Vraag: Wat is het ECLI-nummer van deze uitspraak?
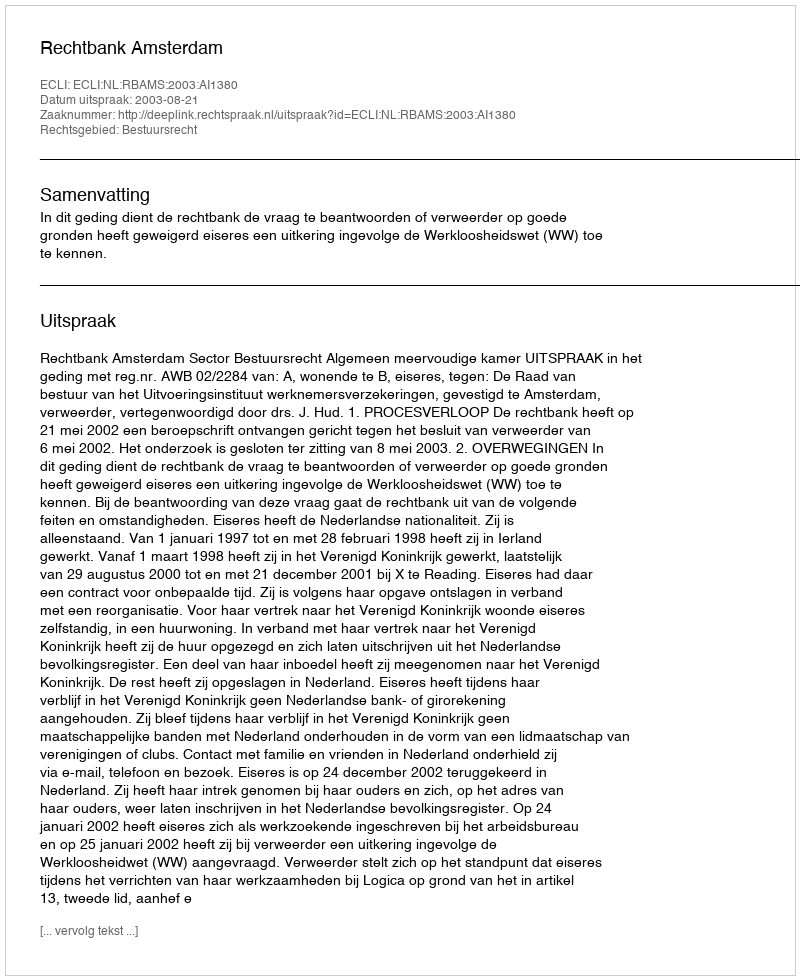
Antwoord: ECLI:NL:RBAMS:2003:AI1380